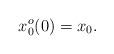
LaTeX: \begin{align*} x_{0}^{o}(0)=x_{0}.\end{align*}